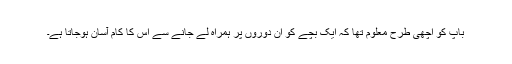
باپ کو اچھی طرح معلوم تھا کہ ایک بچے کو ان دوروں پر ہمراہ لے جانے سے اس کا کام آسان ہوجاتا ہے۔